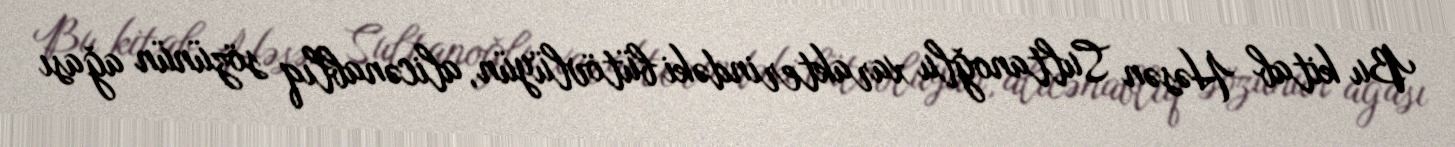
Bu kitab Həsən Sultanoğlu xarakterindəki bütövlüyün, alicənablıq sözünün ağası